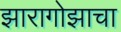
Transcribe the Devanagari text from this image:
झारागोझाचा